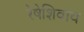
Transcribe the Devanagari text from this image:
रेषेशिवाय